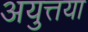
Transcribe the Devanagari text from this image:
अयुत्तया